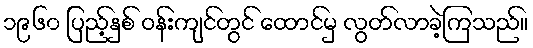
၁၉၆၀ ပြည့်နှစ် ဝန်းကျင်တွင် ထောင်မှ လွတ်လာခဲ့ကြသည်။